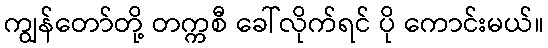
ကျွန်တော်တို့ တက္ကစီ ခေါ်လိုက်ရင် ပို ကောင်းမယ်။